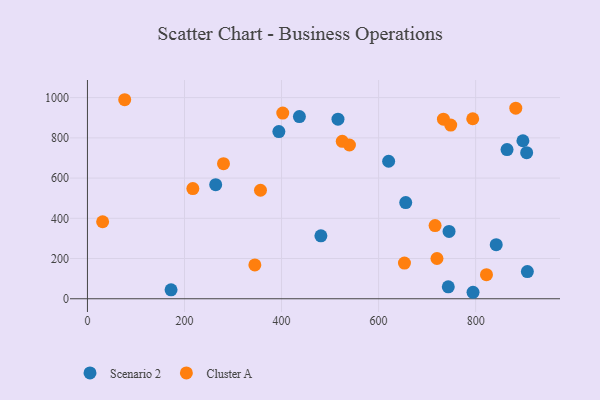
{"axis": {"x": "Experience", "y": "Yield"}, "legend": ["Cluster A", "Scenario 2"], "data": [{"x": "897.4", "y": 785.6, "type": "Scenario 2"}, {"x": "906.6", "y": 135.3, "type": "Scenario 2"}, {"x": "743.6", "y": 59.1, "type": "Scenario 2"}, {"x": "842.4", "y": 269.1, "type": "Scenario 2"}, {"x": "655.9", "y": 478.4, "type": "Scenario 2"}, {"x": "794.6", "y": 32.2, "type": "Scenario 2"}, {"x": "516.3", "y": 893.1, "type": "Scenario 2"}, {"x": "172.3", "y": 44.4, "type": "Scenario 2"}, {"x": "264.3", "y": 567.4, "type": "Scenario 2"}, {"x": "481.1", "y": 313.0, "type": "Scenario 2"}, {"x": "745.2", "y": 334.6, "type": "Scenario 2"}, {"x": "905.1", "y": 726.2, "type": "Scenario 2"}, {"x": "620.7", "y": 683.6, "type": "Scenario 2"}, {"x": "436.8", "y": 905.7, "type": "Scenario 2"}, {"x": "864.7", "y": 741.7, "type": "Scenario 2"}, {"x": "394.5", "y": 831.2, "type": "Scenario 2"}, {"x": "822.3", "y": 119.8, "type": "Cluster A"}, {"x": "882.7", "y": 947.6, "type": "Cluster A"}, {"x": "217.2", "y": 547.8, "type": "Cluster A"}, {"x": "653.3", "y": 177.5, "type": "Cluster A"}, {"x": "539.9", "y": 764.5, "type": "Cluster A"}, {"x": "794.0", "y": 895.1, "type": "Cluster A"}, {"x": "402.5", "y": 923.0, "type": "Cluster A"}, {"x": "280.4", "y": 671.6, "type": "Cluster A"}, {"x": "76.8", "y": 989.6, "type": "Cluster A"}, {"x": "733.6", "y": 893.0, "type": "Cluster A"}, {"x": "525.1", "y": 782.9, "type": "Cluster A"}, {"x": "748.6", "y": 863.8, "type": "Cluster A"}, {"x": "345.0", "y": 168.1, "type": "Cluster A"}, {"x": "31.3", "y": 382.9, "type": "Cluster A"}, {"x": "356.6", "y": 539.6, "type": "Cluster A"}, {"x": "716.4", "y": 363.6, "type": "Cluster A"}, {"x": "720.3", "y": 200.1, "type": "Cluster A"}]}